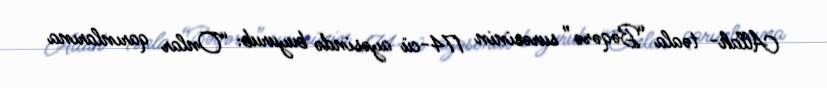
Allah- təala “Bəqərə” surəsinin 174-cü ayəsində buyurub: “Onlar qarınlarına